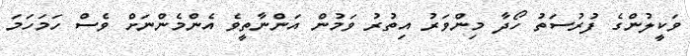
ވަކީލުންގެ ފުރުސަތު ހޯދާ މިންވަރު އިތުރު ވަމުން އަންނާތީވެ އެންމެންނަށް ވެސް ހަމަހަމަ